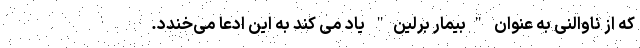
که از ناوالنی به عنوان "بیمار برلین" یاد می کند به این ادعا می‌خندد.